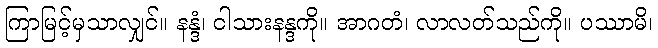
ကြာမြင့်မှသာလျှင်။ နန္ဒံ၊ ငါသားနန္ဒကို။ အာဂတံ၊ လာလတ်သည်ကို။ ပဿာမိ၊